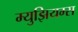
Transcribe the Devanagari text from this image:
म्‍युझियम्‍स